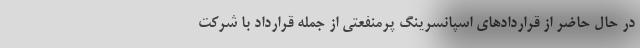
در حال حاضر از قراردادهای اسپانسرینگ پرمنفعتی از جمله قرارداد با شرکت